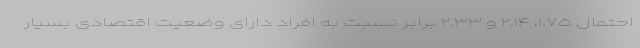
احتمال ۱.۷۵، ۲.۱۴ و ۲.۳۳ برابر نسبت به افراد دارای وضعیت اقتصادی بسیار